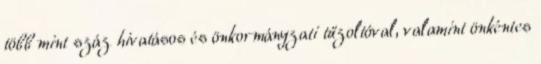
több mint száz hivatásos és önkormányzati tűzoltóval, valamint önkéntes